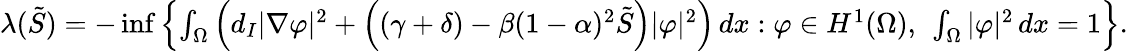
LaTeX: \begin{array}{r}{\lambda(\tilde{S})=-\operatorname*{inf}\left\{ \int_{\Omega}\left(d_{I}|\nabla\varphi|^{2}+\left((\gamma+\delta)-\beta(1-\alpha)^{2}\tilde{S}\right)|\varphi|^{2}\right)\, dx:\varphi\in H^{1}(\Omega),~\int_{\Omega}|\varphi|^{2}\, dx=1\right\} .}\end{array}